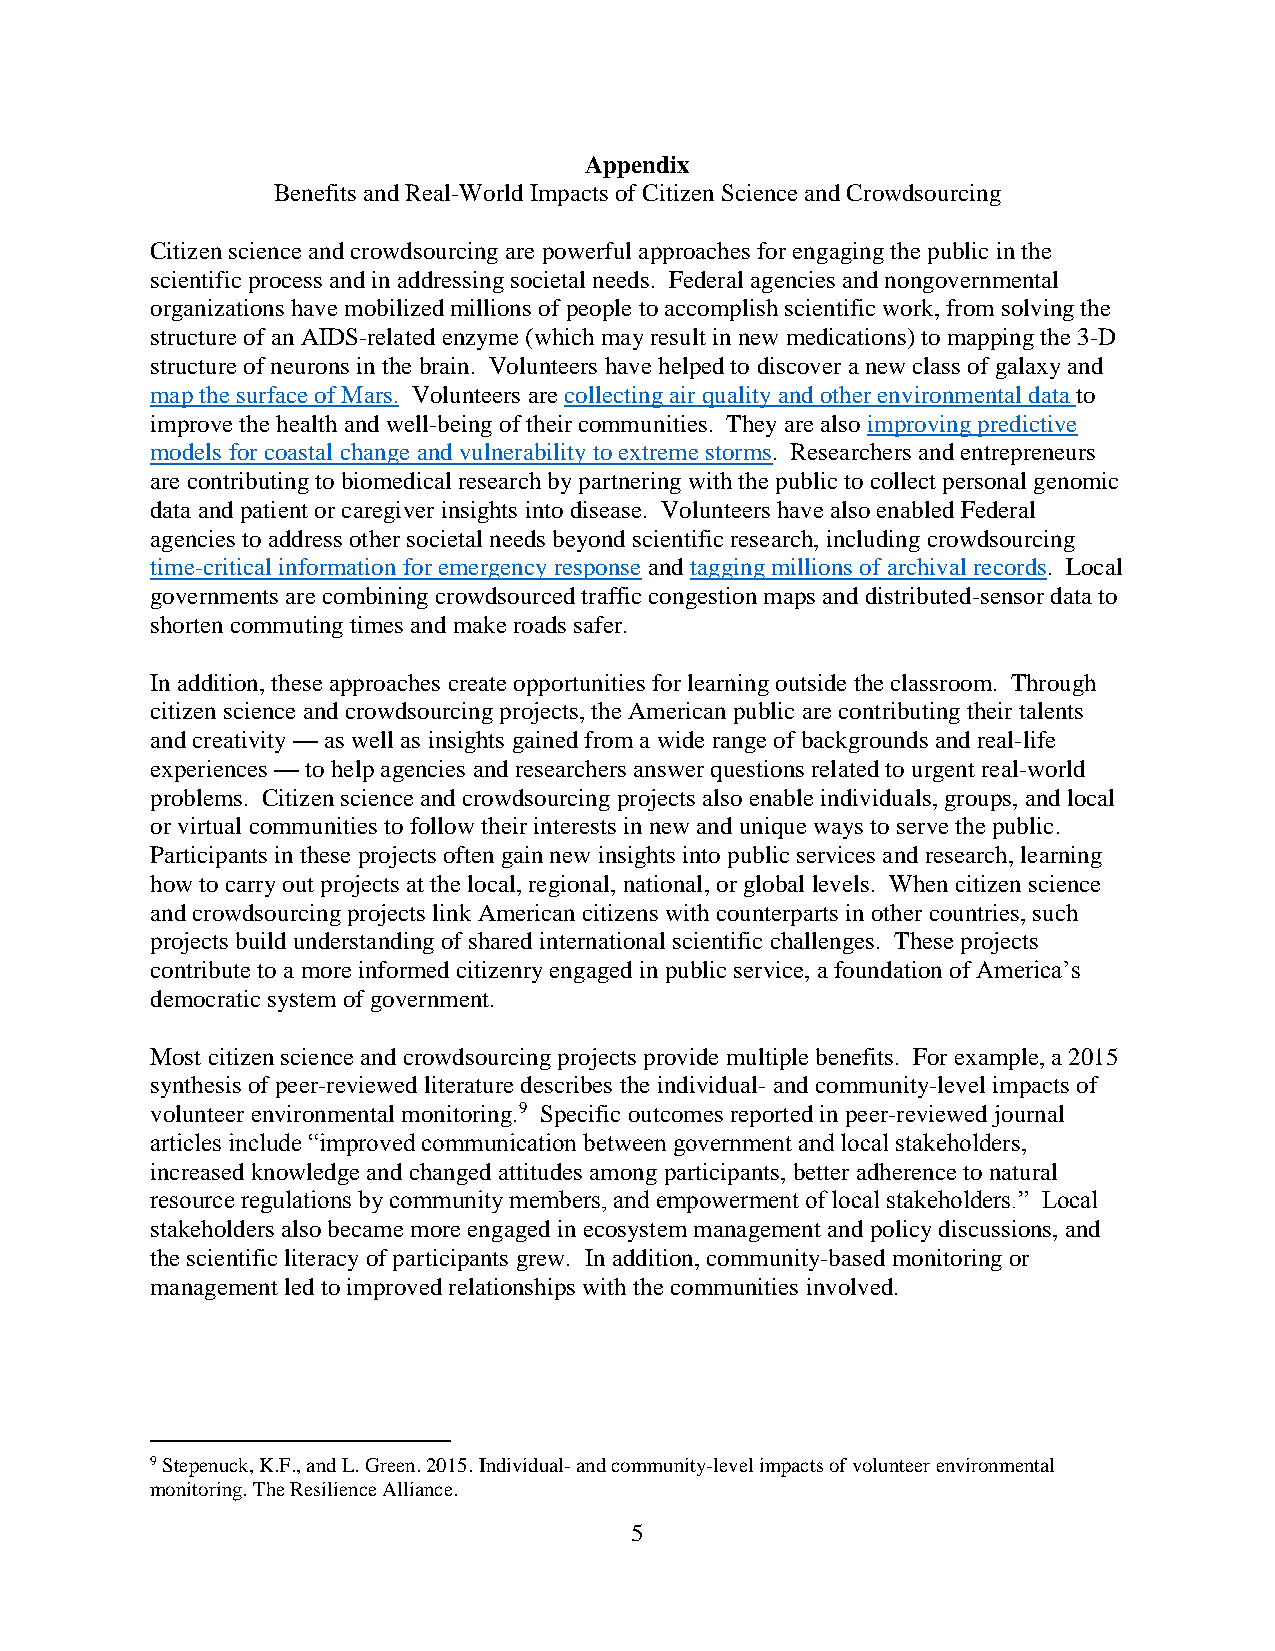
Appendix
 Benefits and Real-World Impacts of Citizen Science and Crowdsourcing
 Citizen science and crowdsourcing are powerful approaches for engaging the public in the
 scientific process and in addressing societal needs. Federal agencies and nongovernmental
 organizations have mobilized millions of people to accomplish scientific work, from solving the
 structure of an AIDS-related enzyme (which may result in new medications) to mapping the 3-D
 structure of neurons in the brain. Volunteers have helped to discover a new class of galaxy and
 map the surface of Mars. Volunteers are collecting air quality and other environmental data to
 improve the health and well-being of their communities. They are also improving predictive
 models for coastal change and vulnerability to extreme storms. Researchers and entrepreneurs
 are contributing to biomedical research by partnering with the public to collect personal genomic
 data and patient or caregiver insights into disease. Volunteers have also enabled Federal
 agencies to address other societal needs beyond scientific research, including crowdsourcing
 time-critical information for emergency response and tagging millions of archival records. Local
 governments are combining crowdsourced traffic congestion maps and distributed-sensor data to
 shorten commuting times and make roads safer.
 In addition, these approaches create opportunities for learning outside the classroom. Through
 citizen science and crowdsourcing projects, the American public are contributing their talents
 and creativity — as well as insights gained from a wide range of backgrounds and real-life
 experiences — to help agencies and researchers answer questions related to urgent real-world
 problems. Citizen science and crowdsourcing projects also enable individuals, groups, and local
 or virtual communities to follow their interests in new and unique ways to serve the public.
 Participants in these projects often gain new insights into public services and research, learning
 how to carry out projects at the local, regional, national, or global levels. When citizen science
 and crowdsourcing projects link American citizens with counterparts in other countries, such
 projects build understanding of shared international scientific challenges. These projects
 contribute to a more informed citizenry engaged in public service, a foundation of America’s
 democratic system of government.
 Most citizen science and crowdsourcing projects provide multiple benefits. For example, a 2015
 synthesis of peer-reviewed literature describes the individual- and community-level impacts of
 volunteer environmental monitoring.9 Specific outcomes reported in peer-reviewed journal
 articles include “improved communication between government and local stakeholders,
 increased knowledge and changed attitudes among participants, better adherence to natural
 resource regulations by community members, and empowerment of local stakeholders.” Local
 stakeholders also became more engaged in ecosystem management and policy discussions, and
 the scientific literacy of participants grew. In addition, community-based monitoring or
 management led to improved relationships with the communities involved.
 9 Stepenuck, K.F., and L. Green. 2015. Individual- and community-level impacts of volunteer environmental
 monitoring. The Resilience Alliance.
 5